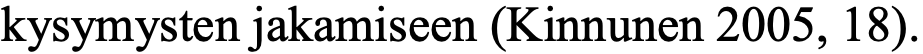
kysymysten jakamiseen (Kinnunen 2005, 18).